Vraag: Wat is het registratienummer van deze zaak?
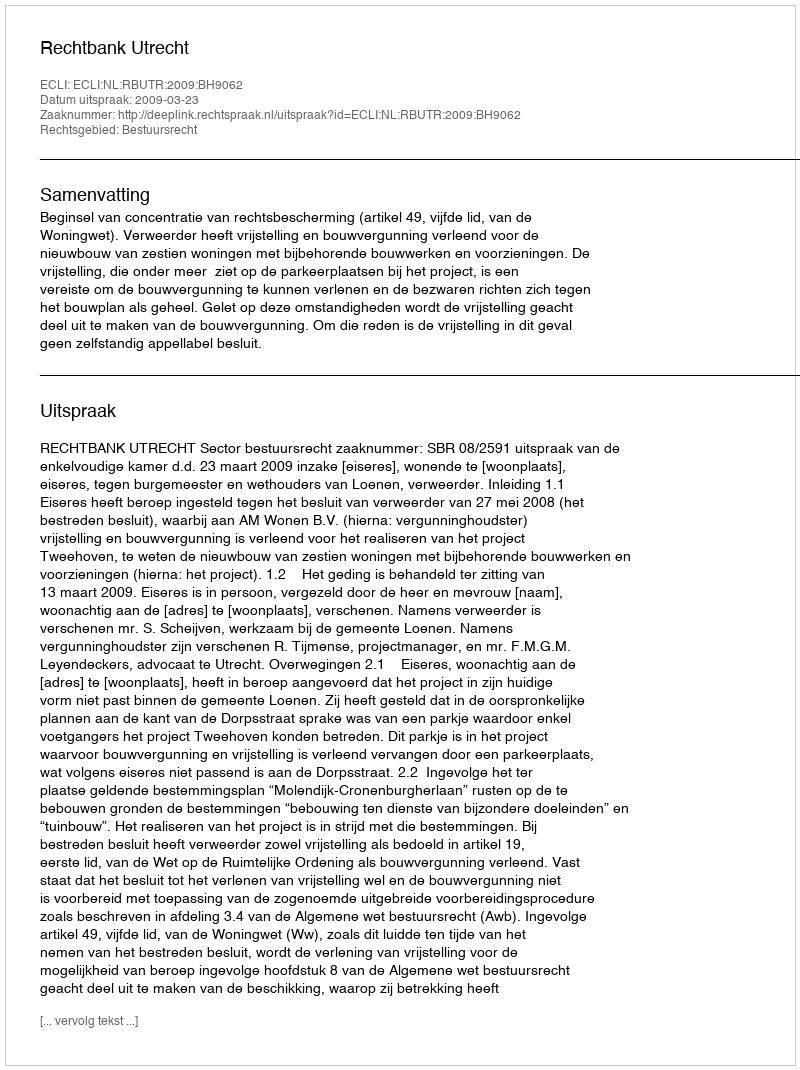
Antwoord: http://deeplink.rechtspraak.nl/uitspraak?id=ECLI:NL:RBUTR:2009:BH9062